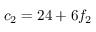
c _ { 2 } = 2 4 + 6 f _ { 2 }